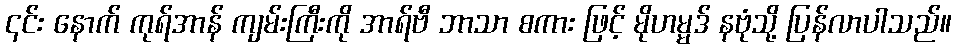
၎င်း နောက် ကုရ်အာန် ကျမ်းကြီးကို အာရ်ဗီ ဘာသာ စကား ဖြင့် မိုဟမ္မဒ် နဗုံသို့ ပြန်လာပါသည်။